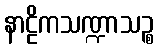
နာဠိကသဏ္ဍာသဉ္စ